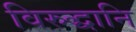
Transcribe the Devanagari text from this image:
विरुद्धानि